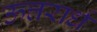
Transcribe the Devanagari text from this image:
ऊत्तरार्ध